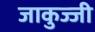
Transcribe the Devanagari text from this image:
जाकुज्जी